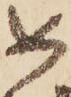
如